NAE_ERA_R-1_Eesti_Vabariigi_Ministrite_Noukogu, lk 3
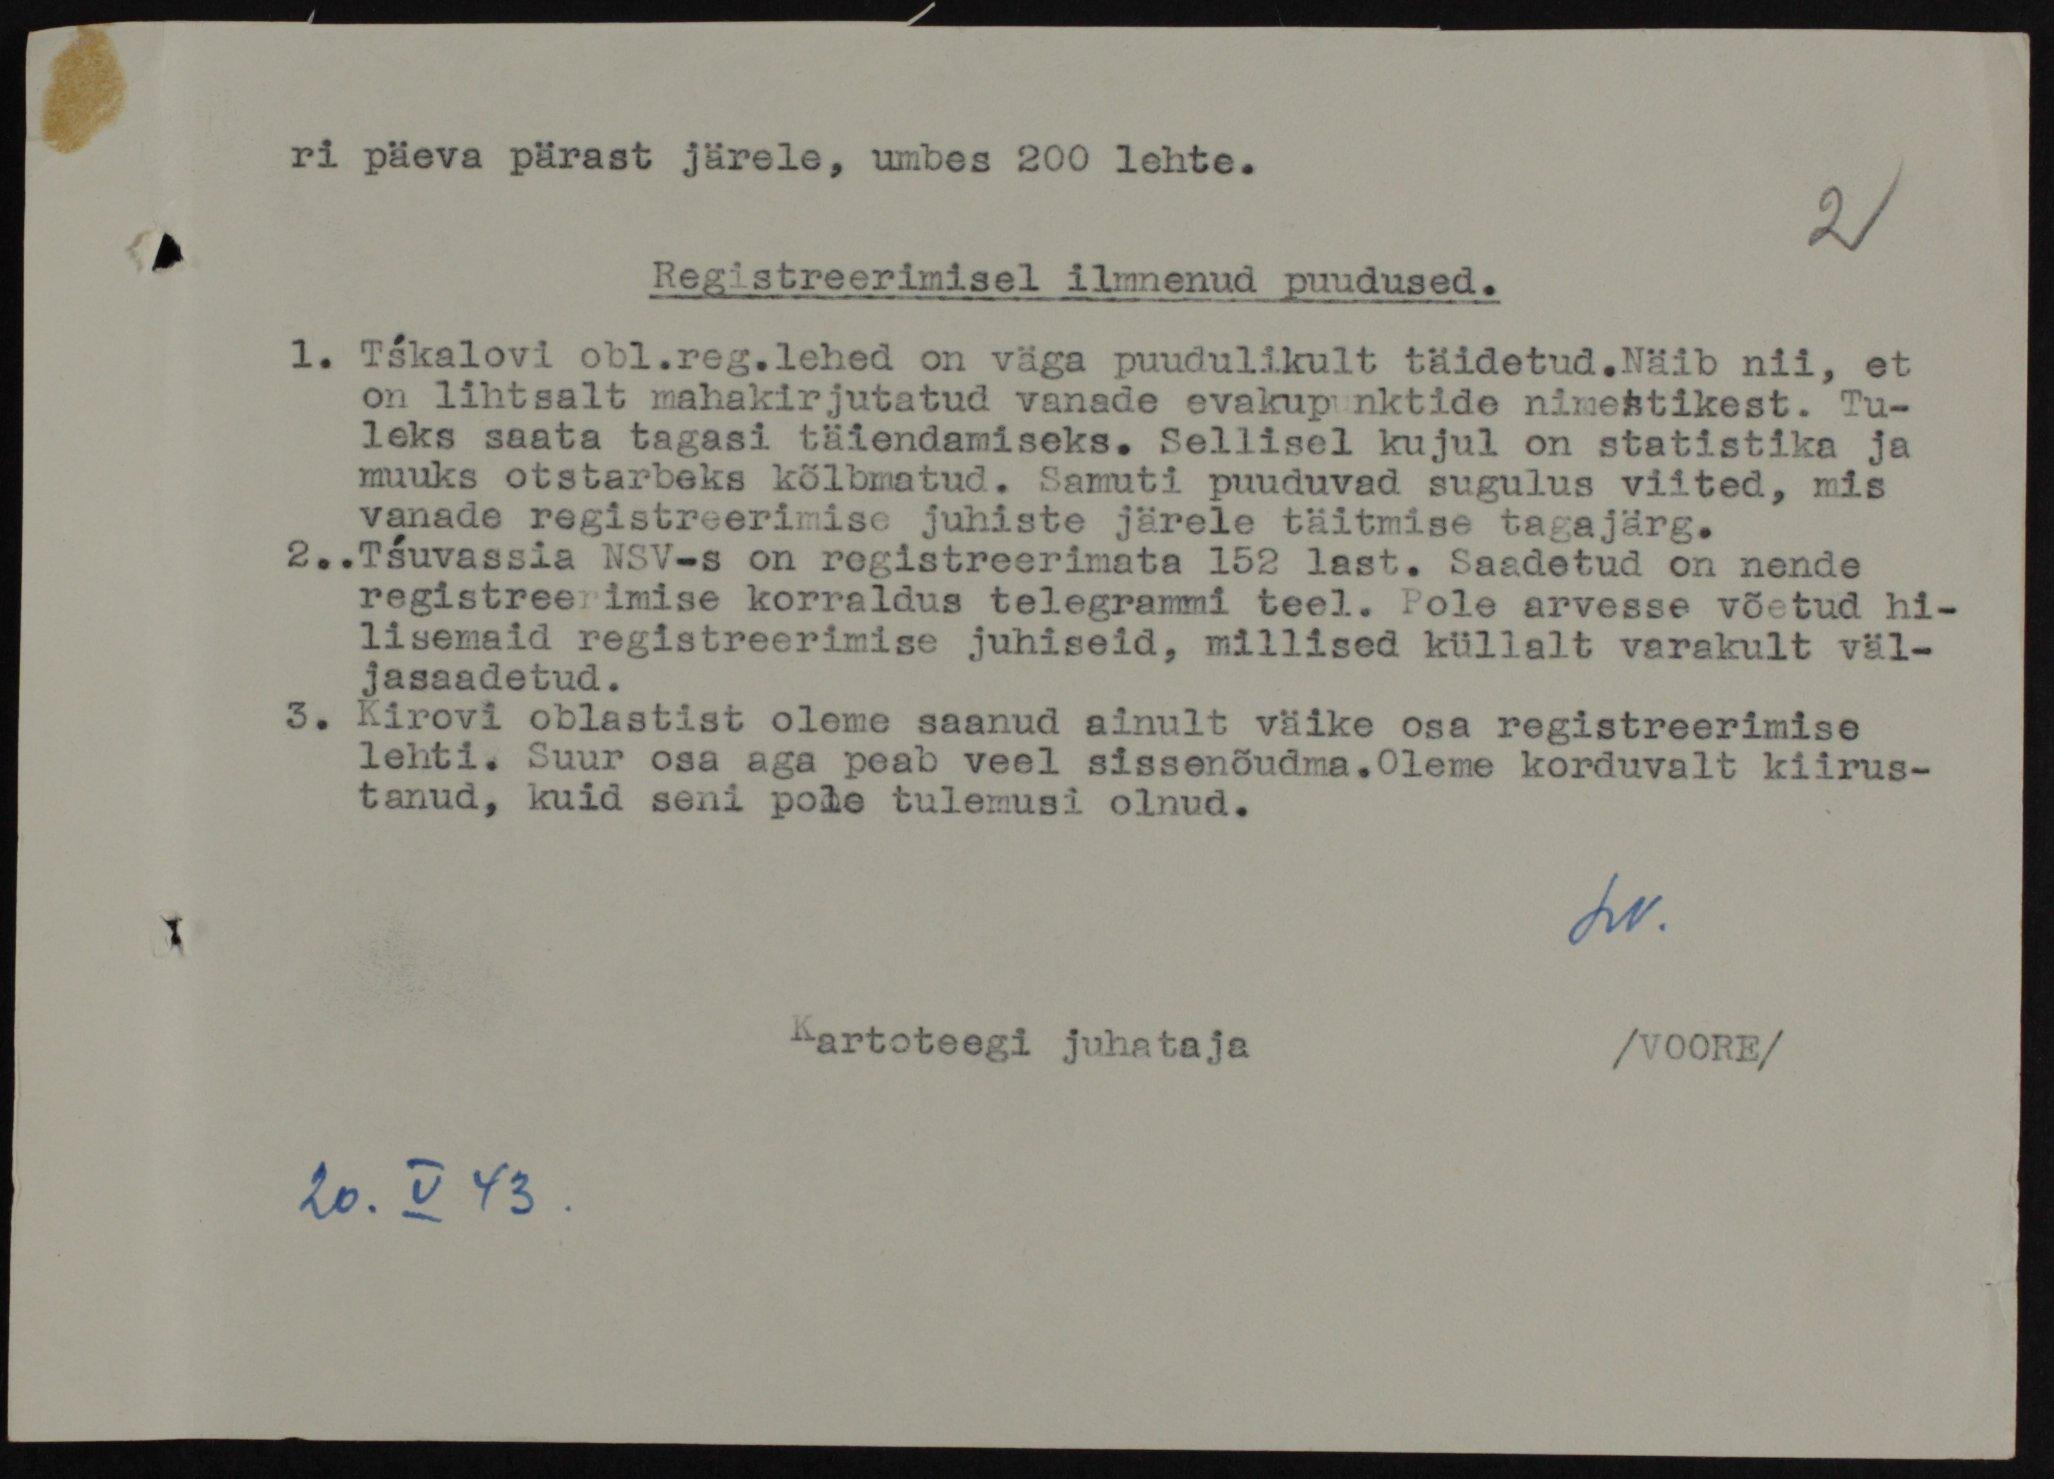
ri päeva pärast järele, umbes 200 lehte.
2
Registreerimisel ilmnenud puudused.
1. Tškalovi obl.reg.lehed on väga puudulikult täidetud. Näib nii, et
on lihtsalt mahakirjutatud vanade evakupunktide nimestikest. Tu-
leks saata tagasi täiendamiseks. Sellisel kujul on statistika ja
muuks otsiarbeks kõlbmatud. Samuti puuduvad sugulus viited, mis
vanade registreerimise juhiste järele täitmise tagajärg.
2. Tšuvassia NSV-s on registreerimata 152 last. Saadetud on nende
registreerimise korraldus telegrammi teel. Pole arvesse võetud hi-
lisemaid registreerimise juhiseid, millised küllalt varakult väl-
jasaadetud.
3. Kirovi oblastist oleme saanud ainult väike osa registreerimise
lehti. Suur osa aga peab veel sissenõudma. Oleme korduvalt kiirus-
tanud, kuid seni pole tulemusi olnud.
Kartoteegi juhataja /VOORE/
20. V 43.